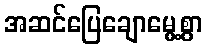
အဆင်ပြေချောမွေ့စွာ